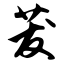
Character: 茇